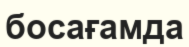
босағамда